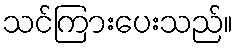
သင်ကြားပေးသည်။